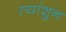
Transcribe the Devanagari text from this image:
त्यांशुन